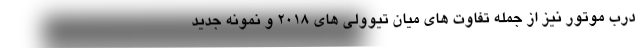
درب موتور نیز از جمله تفاوت های میان تیوولی های 2018 و نمونه جدید